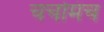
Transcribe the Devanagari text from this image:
चर्चामंच